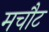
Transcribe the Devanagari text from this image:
मचौट